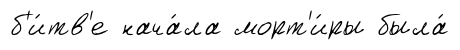
б'и́тв'е нача́ла морт'и́ры была́